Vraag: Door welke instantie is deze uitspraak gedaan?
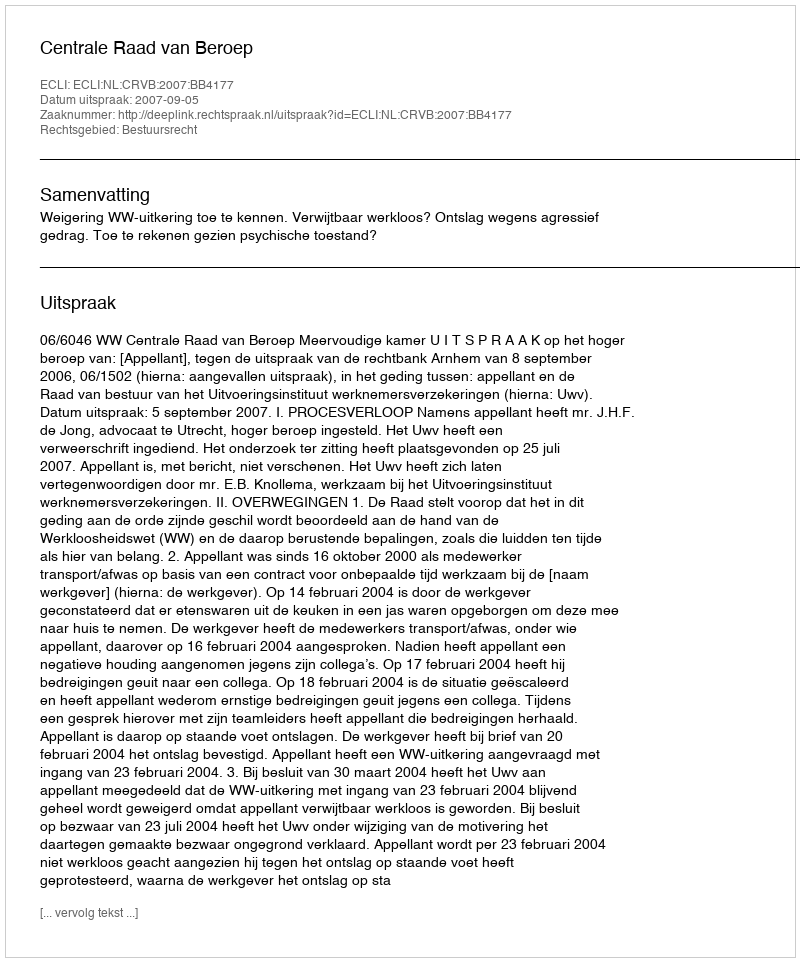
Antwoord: Centrale Raad van Beroep